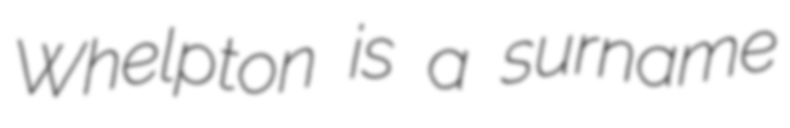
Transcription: Whelpton is a surname